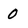
Character: 0